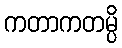
ကတာကတမ္ပိ